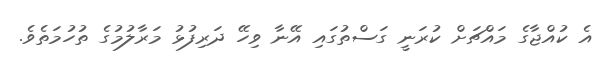
އެ ކުއްޖާގެ މައްޗަށް ކުރަނީ ގަސްތުގައި އޭނާ ވިހޭ ދަރިފުޅު މަރާލުމުގެ ތުހުމަތެވެ.